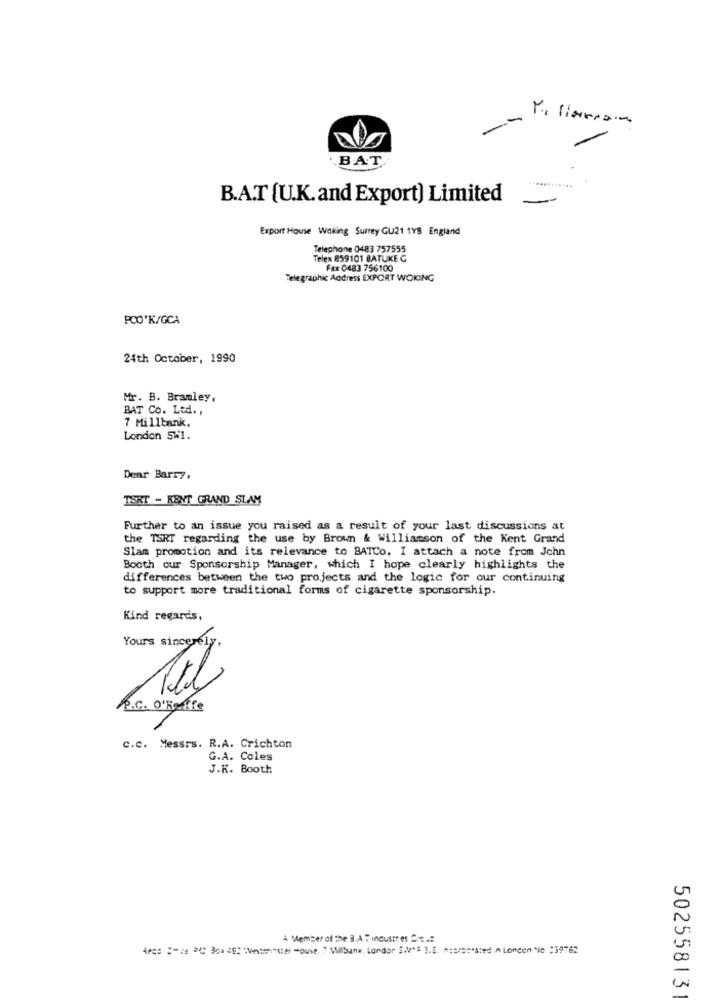
-
BAT
B.A.T (U.K. and Export) Limited
Export House Woking Surrey GU21 1YS England
Telephone 0483 757555
Telex 859101 BATUKE C
Fax 0483 756100
Telegraphic Aodress EXPORT WOKING
POO'K/GCA
24th October, 1990
Mr. B. Bramley,
BAT Co. Led. ,
7 Millbank,
London SW1.
Dear Barry,
TSRT - KENT GRAND SLAM
Further to an issue you raised as a result of your last discussions at
the TSRT regarding the use by Brown & Williamson of the Kent Grand
Slam promotion and its relevance to BATCo, I attach a note from John
Booth our Sponsorship Manager, which I hope clearly highlights the
differences between the two projects and the logic for our continuing
to support more traditional forms of cigarette sponsorship.
Kind regards,
Yours sincerely,
R.C. O'Raffle
C.C. Messrs. R.A. Crichton
G.A. Coles
J.K. Booth
Member of the 3.A . incustres .:
Aegs ="ze PC Boa 4Westminster -ouse, 7 Milbank, London SW"S ).E. #osrsosied n London No :39762
50255813